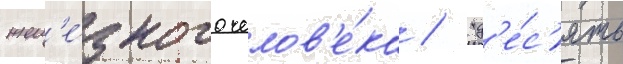
жел'е́зного челов'е́ка / "д'е́с'ять